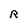
Character: R